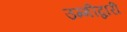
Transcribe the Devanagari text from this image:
उम्मीद्वारी